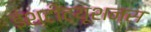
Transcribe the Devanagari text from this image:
इंश्टीट्यूशन्स